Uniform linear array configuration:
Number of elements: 8
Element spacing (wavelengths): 0.75
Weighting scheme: hann
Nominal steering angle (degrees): -30
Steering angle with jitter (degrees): -28.613
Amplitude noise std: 0.05
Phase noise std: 0.05

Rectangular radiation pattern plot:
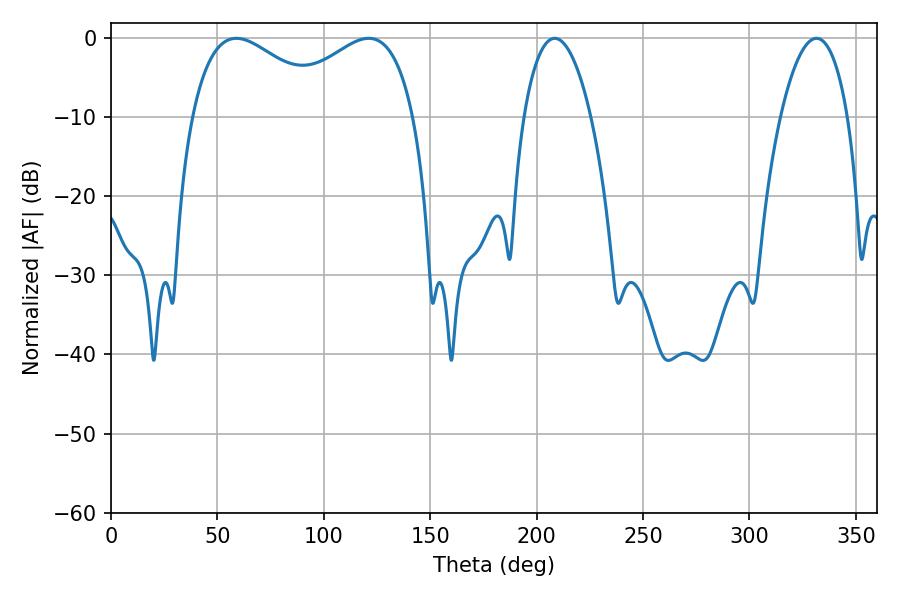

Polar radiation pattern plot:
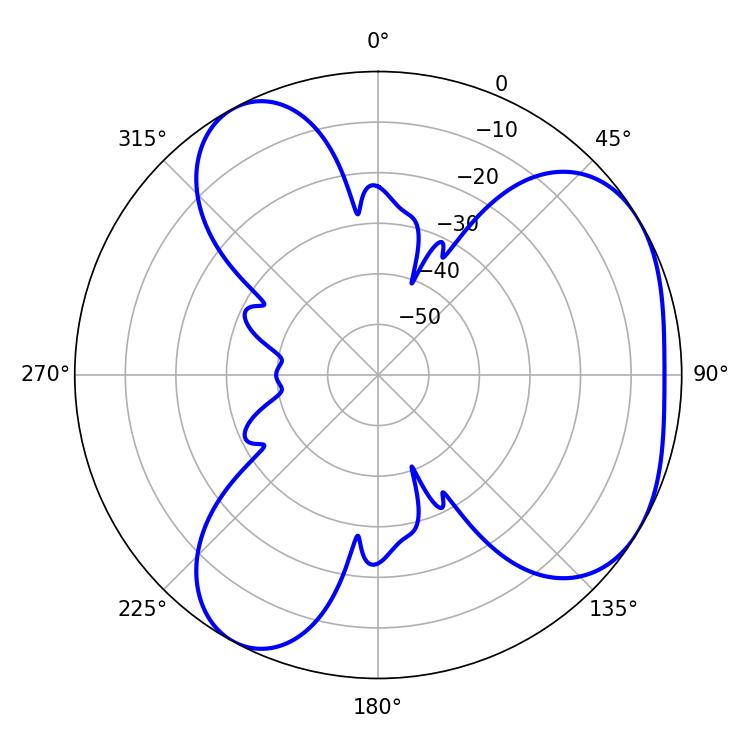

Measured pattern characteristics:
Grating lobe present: TRUE
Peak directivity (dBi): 4.332
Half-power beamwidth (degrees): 36.36
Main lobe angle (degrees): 58.86